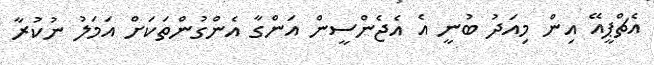
އެޗްޕީއޭ އިން މިއަދު ބުނީ އެ އެޖެންސީން އަންގާ އެންގުންތަކަށް އަމަލު ނުކުރާ